Election expenses, 1925, 1925
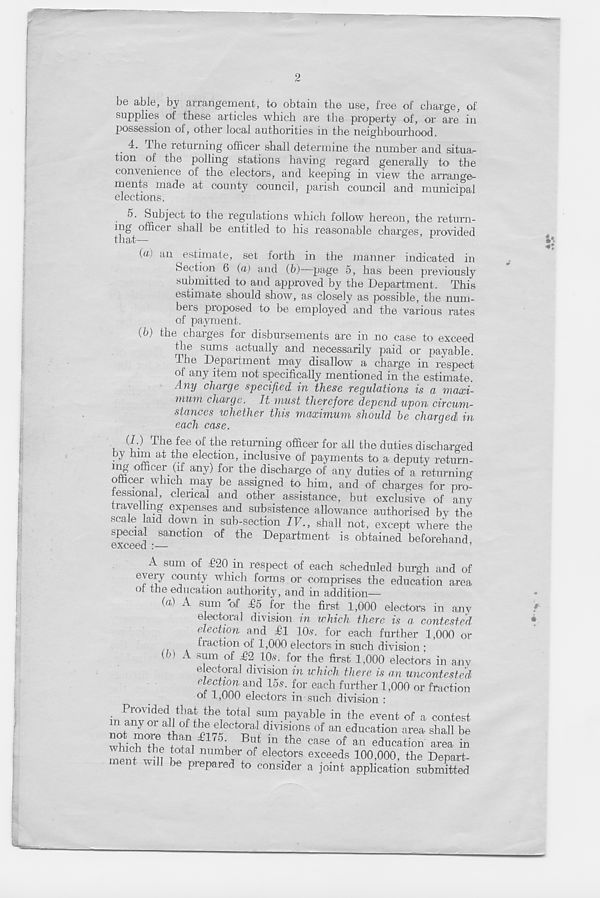
2
be able, by arrangement, to obtain the use, free of charge, of
supplies of these articles which are the property of, or are in
possession of, other local authorities in the neighbourhood.
4. The returning officer shall determine the number and situa-
tion of the polling stations having regard generally to the
convenience of the electors, and keeping in view the arrange-
ments made at county council, parish council and municipal
elections.
5. Subject to the regulations which follow hereon, the return-
ing officei shall be entitled to his reasonable charges, provided
tlltlil
(c) an estimate, set forth in the manner indicated in
Section 6 (a) and (6)—page 5, has been previously
submitted to and approved by the Department. This
estimate should show, as closely as possible, the num-
bers proposed to be employed and the various rates
of payment.
(6) the charges for disbursements are in no case to exceed
tlie sums actually and necessarily paid or payable.
I he Department may disallow a charge in respect
of any item not specifically mentioned in the estimate.
Any charge specified in these regulations is a maxi-
mum charge. It must therefore depend upon circum-
stances whether this maximum should he charged in
each case.
(I.) The fee of the returning officer for all the duties discharged
by him at the election, inclusive of payments to a deputy return-
nig officer (if any) for the discharge of any duties of a returning
officer which may be assigned to him, and of charges for pro-
fessional, clerical and other assistance, but exclusive of any
ravelling expenses and subsistence allowance authorised bv the
scale aid down m sub-section IV., shall not, except where the
special sanction of the Department is obtained beforehand
exceed :—
A sum of £20 in respect of each scheduled burgh and of
C j" nty . whlch forms or comprises the education area
ot the education authority, and in addition—
(a,) A sum of £5 for the first 1,000 electors in any
electoral division in which there is a contested
election and £1 10.?. for each further 1,000 or
fraction of 1,000 electors in such division •
A ™m of £2 10s. for the first 1,000 electors in any
electoral division in which there is an uncontested
clectwn and 15s. for each further 1,000 or fraction
of 1,000 electors in such division :
in anTor^ll^V 110 ! t0 + ta ' 1 fT. payabIe in the event o f a contest
not more thf ^^e ct( J a ' 1 ^sions of an education area shall be
whichThe nS^ ' 5 !, f ! n the case of an education area in
ment will ^t a ' 1Himber of electors exceeds 100,000, the Depart-
ment will be prepared to consider a joint application submitted
(b)
i:
»